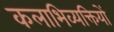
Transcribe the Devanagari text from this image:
कलाभिव्यक्तियों